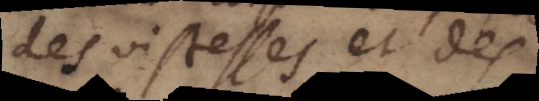
des vistesses et des